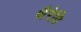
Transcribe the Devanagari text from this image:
थैरेपि